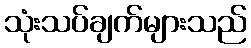
သုံးသပ်ချက်များသည်